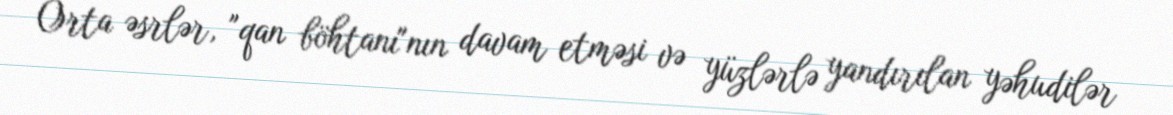
Orta əsrlər, "qan böhtanı"nın davam etməsi və yüzlərlə yandırılan yəhudilər